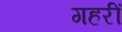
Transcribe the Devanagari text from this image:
गहरीं